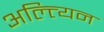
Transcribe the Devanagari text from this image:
अल्त्यिन